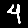
Digit: 4